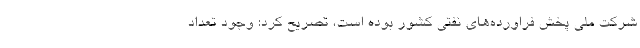
شرکت ملی پخش فراورده‌های نفتی کشور بوده است، تصریح کرد: وجود تعداد